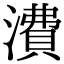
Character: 㵒